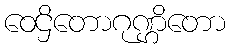
ဝေဌိတောဂုဏ္ဌိတော